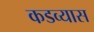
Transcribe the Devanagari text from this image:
कडव्यास